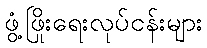
ဖွံ့ဖြိုးရေးလုပ်ငန်းများ